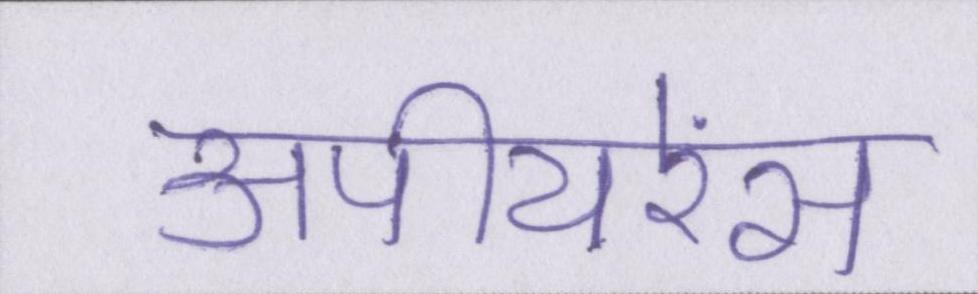
अपीयरेंस